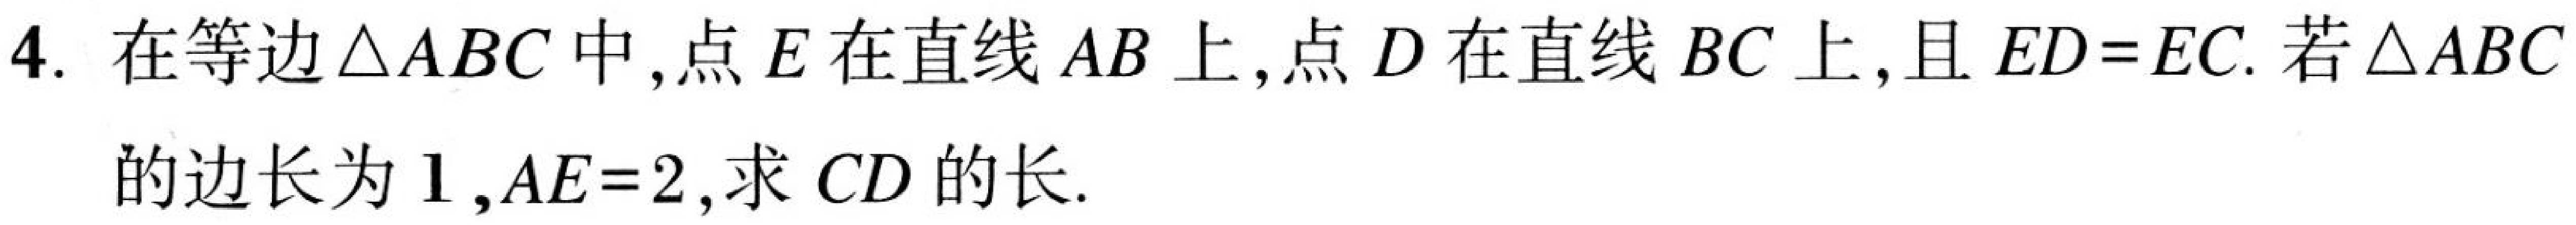
4. 在等边\(\triangle ABC\)中，点\(E\)在直线\(AB\)上，点\(D\)在直线\(BC\)上，且\(ED = EC\). 若\(\triangle ABC\)的边长为\(1\)，\(AE = 2\)，求 \(CD\)的长.